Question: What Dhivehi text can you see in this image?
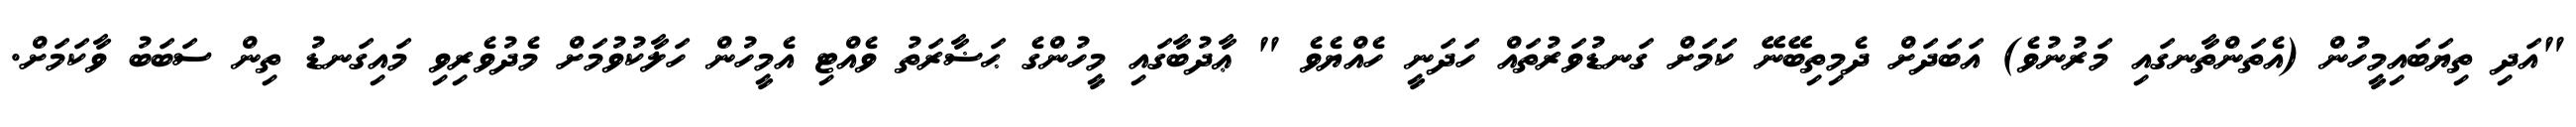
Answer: "އަދި ތިޔަބައިމީހުން (އެތަންތާނގައި މަރުނުވެ) އަބަދަށް ދެމިތިބޭނޭ ކަމަށް ގަނޑުވަރުތައް ހަދަނީ ހެއްޔެވެ " ޢާދުބާގައި މީހުންގެ ޙަޟާރަތު ވެއްޓި އެމީހުން ހަލާކުވުމަށް މެދުވެރިވި މައިގަނޑު ތިން ސަބަބު ވާކަމަށް.